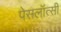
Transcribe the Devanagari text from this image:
पेसलॉत्सी